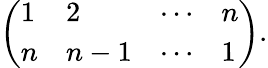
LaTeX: {\left(\begin{array}{llll}{1}&{2}&{\cdots}&{n}\\ {n}&{n-1}&{\cdots}&{1}\end{array}\right)}.